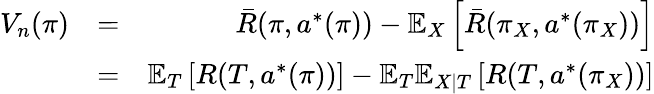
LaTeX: \begin{array}{rlr}{V_{n}(\pi)}&{=}&{\bar{R}(\pi,a^{*}(\pi))-\mathbb{E}_{X}\left[\bar{R}(\pi_{X},a^{*}(\pi_{X}))\right]}\\ &{=}&{\mathbb{E}_{T}\left[R(T,a^{*}(\pi))\right]-\mathbb{E}_{T}\mathbb{E}_{X|T}\left[R(T,a^{*}(\pi_{X}))\right]}\end{array}